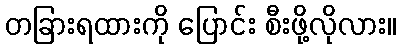
တခြားရထားကို ပြောင်း စီးဖို့လိုလား။